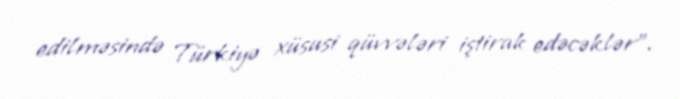
edilməsində Türkiyə xüsusi qüvvələri iştirak edəcəklər”.